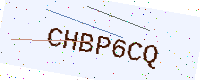
Text: CHBP6CQ